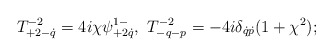
\begin{align*}T^{-2}_{+2-\dot q}=4i\chi \psi^{1-}_{+2\dot q},\ T^{-2}_{-q-p}= -4i\delta_{\dot q\dot p}(1+\chi^2);\end{align*}